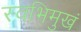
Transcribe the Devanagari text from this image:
स्वभिमुखं